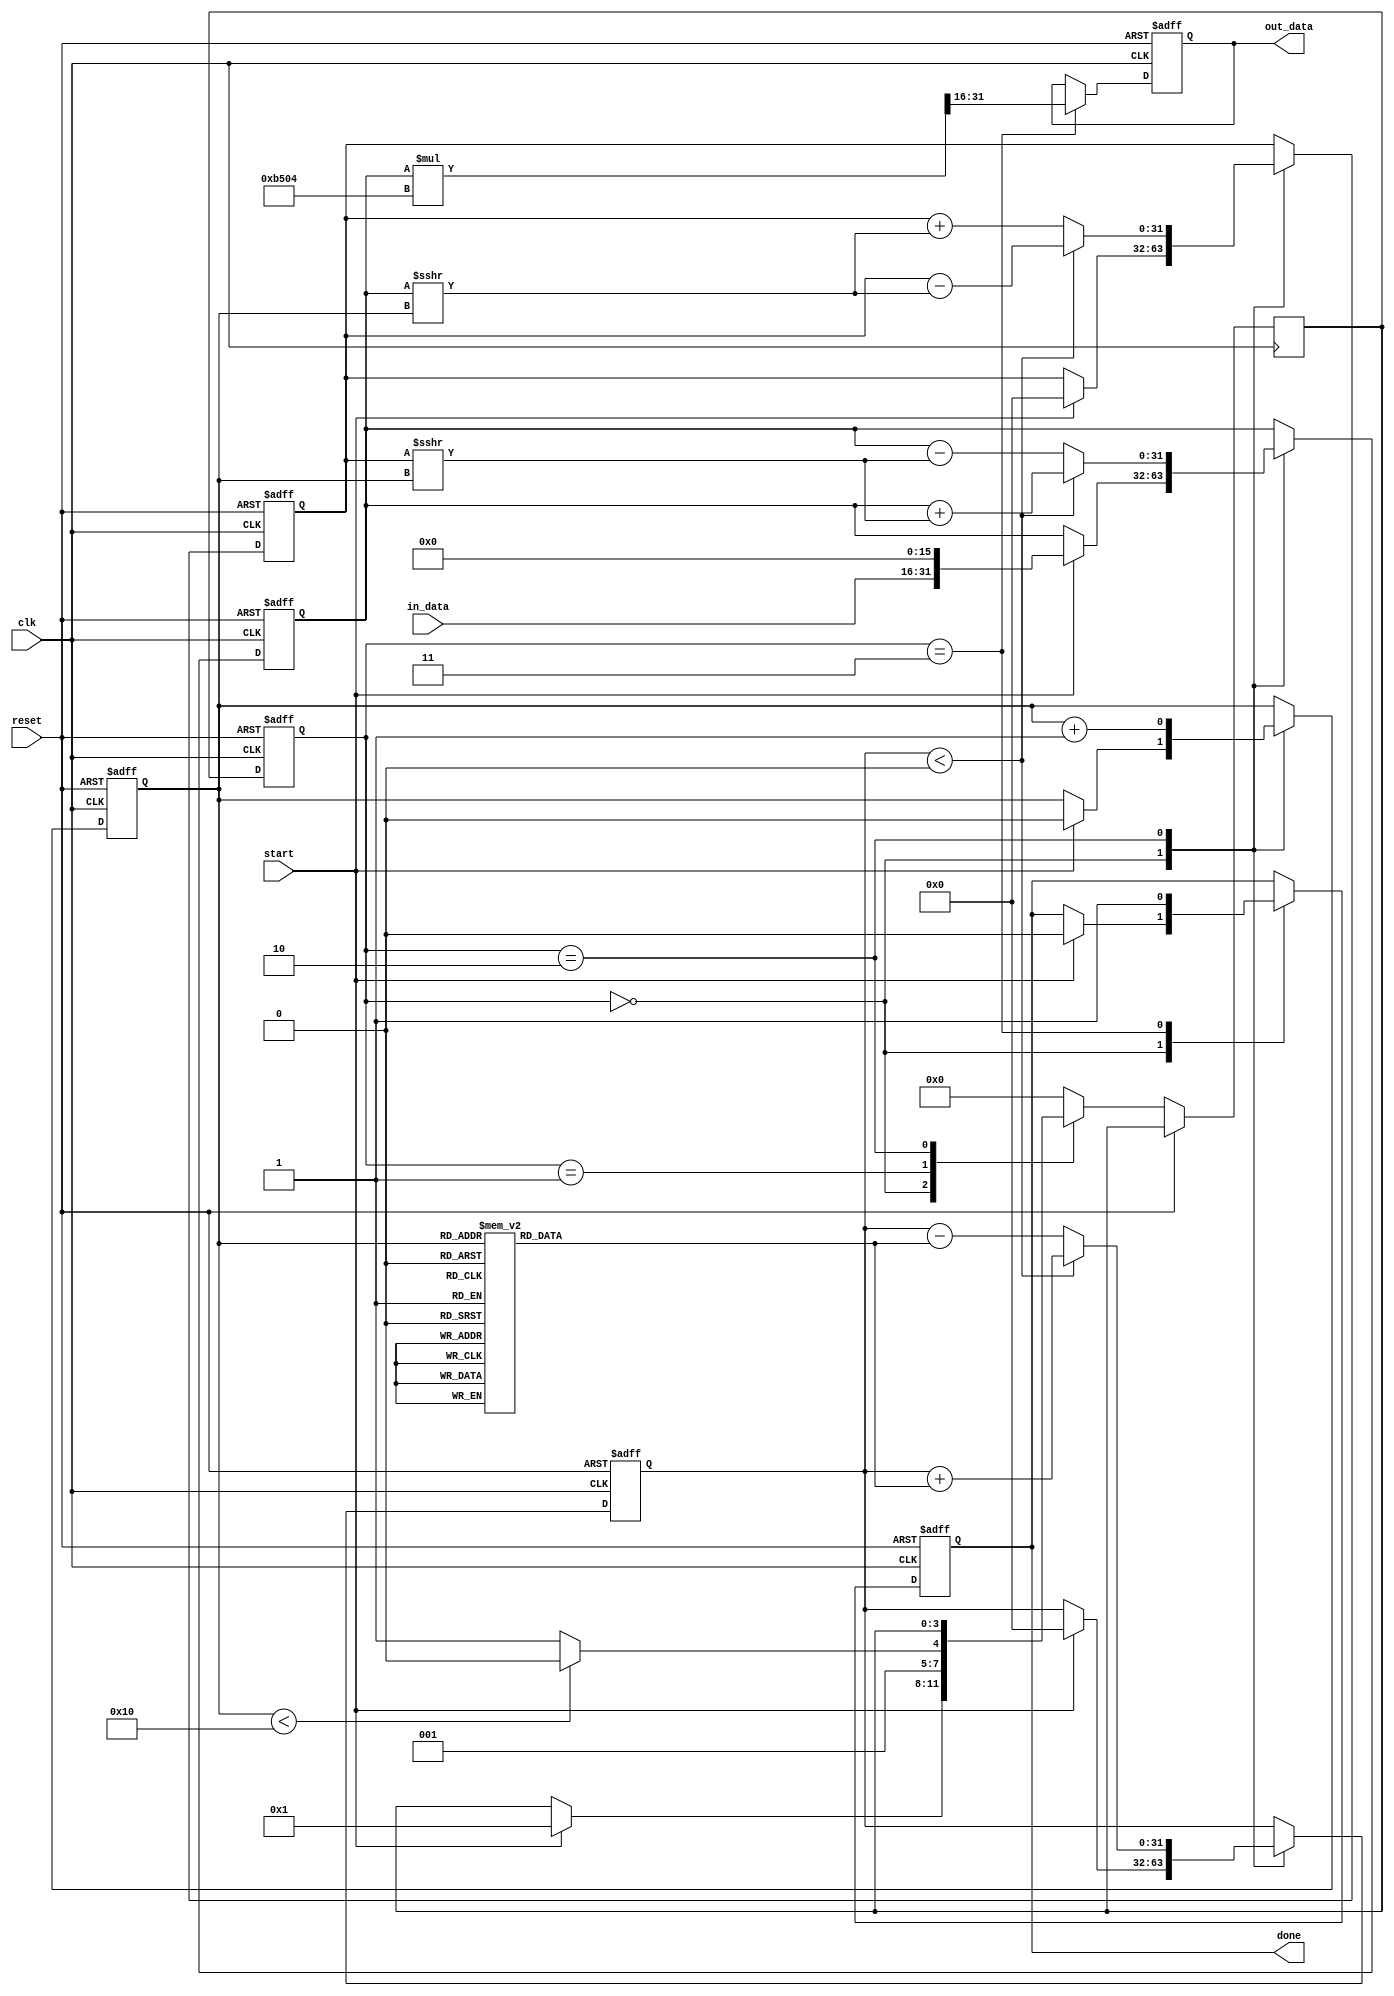
module cordic_sqrt (
    input wire clk,
    input wire reset,
    input wire start,
    input wire [15:0] in_data,  // Input data (positive)
    output reg [15:0] out_data,  // Output data (calculated square root)
    output reg done               // Done signal
);
    // CORDIC Parameters
    parameter MAX_ITERATIONS = 16;
    parameter GAIN = 16'hB504;  // CORDIC gain (Q16.16 format)

    // CORDIC state machine
    reg [3:0] current_state;
    reg [3:0] next_state;

    // Registers for computation
    reg signed [31:0] x;         // X register
    reg signed [31:0] y;         // Y register
    reg signed [31:0] z;         // Z register
    
    // Angle table (table of arctangents for CORDIC)
    reg signed [31:0] atan_table [0:15];
    
    initial begin
        atan_table[0] = 32'd16384;   // atan(2^0) = pi/4 * 2^14
        atan_table[1] = 32'd8463;    // atan(2^-1) = pi/4 * 2^14 / 2
        atan_table[2] = 32'd4026;    // atan(2^-2)
        atan_table[3] = 32'd2009;    // atan(2^-3)
        atan_table[4] = 32'd1005;    // atan(2^-4)
        atan_table[5] = 32'd502;     // atan(2^-5)
        atan_table[6] = 32'd251;     // atan(2^-6)
        atan_table[7] = 32'd125;     // atan(2^-7)
        atan_table[8] = 32'd63;      // atan(2^-8)
        atan_table[9] = 32'd32;      // atan(2^-9)
        atan_table[10] = 32'd16;     // atan(2^-10)
        atan_table[11] = 32'd8;      // atan(2^-11)
        atan_table[12] = 32'd4;      // atan(2^-12)
        atan_table[13] = 32'd2;      // atan(2^-13)
        atan_table[14] = 32'd1;      // atan(2^-14)
        atan_table[15] = 32'd0;      // atan(2^-15)
    end

    // State machine implementation
    localparam IDLE = 2'b00,
               INIT = 2'b01,
               ITERATE = 2'b10,
               DONE = 2'b11;

    always @(posedge clk or posedge reset) begin
        if (reset) begin
            current_state <= IDLE;
            x <= 0;
            y <= 0;
            z <= 0;
            out_data <= 0;
            done <= 0;
            cnt <= 0;
        end else begin
            current_state <= next_state;

            case (current_state)
                IDLE: begin
                    if (start) begin
                        // Initialize X, Y, and Z
                        x <= {in_data, 16'b0};  // Initialize X to input value (scaled)
                        y <= 32'd0;             // Initialize Y to 0
                        z <= 32'd0;             // Initialize Z to 0
                        cnt <= 0;              // Reset the iteration count
                        done <= 0;             // Reset done signal
                        next_state <= INIT;
                    end
                end

                INIT: begin
                    // Move to ITERATE state
                    if (cnt < MAX_ITERATIONS) begin
                        next_state <= ITERATE;
                    end else begin
                        next_state <= DONE;    // Move to DONE once iterations are completed
                    end
                end

                ITERATE: begin
                    // Perform CORDIC iteration
                    if (z < 0) begin
                        // Clockwise rotation
                        x <= x + (y >>> cnt);
                        y <= y - (x >>> cnt);
                        z <= z + atan_table[cnt];
                    end else begin
                        // Counterclockwise rotation
                        x <= x - (y >>> cnt);
                        y <= y + (x >>> cnt);
                        z <= z - atan_table[cnt];
                    end
                    cnt <= cnt + 1;  // Increment the iteration count
                    if (cnt == MAX_ITERATIONS - 1) begin
                        next_state <= DONE;
                    end
                end

                DONE: begin
                    out_data <= (x * GAIN) >>> 16; // Scale down X to output
                    done <= 1;  // Set done signal
                    next_state <= IDLE;  // Move back to IDLE state
                end

                default: next_state <= IDLE; // In case of unknown state
            endcase
        end
    end
    
endmodule